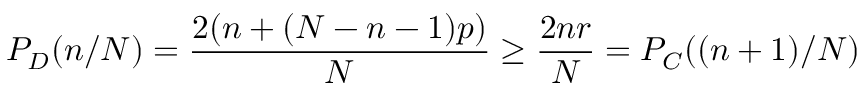
P _ { D } ( n / N ) = \frac { 2 ( n + ( N - n - 1 ) p ) } { N } \geq \frac { 2 n r } { N } = P _ { C } ( ( n + 1 ) / N )